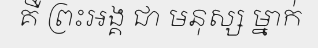
គឺ ព្រះអង្គ ជា មនុស្ស ម្នាក់